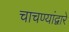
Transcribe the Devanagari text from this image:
चाचण्यांद्वारे